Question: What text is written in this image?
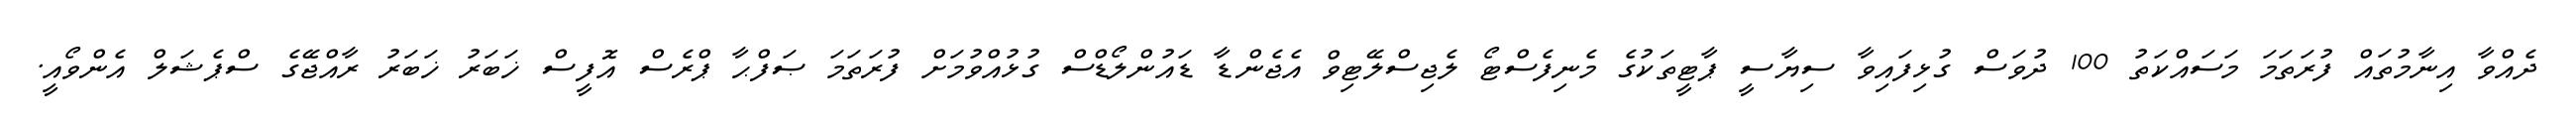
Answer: ދެއްވާ އިނާމުތައް ފުރަތަމަ މަސައްކަތު 100 ދުވަސް ގުޅިފައިވާ ސިޔާސީ ޕާޓީތަކުގެ މެނިފެސްޓޯ ލެޖިސްލޭޓިވް އެޖެންޑާ ޑައުންލޯޑްސް ގުޅުއްވުމަށް ފުރަތަމަ ޞަފްޙާ ޕްރެސް އޮފީސް ޚަބަރު ޚަބަރު ރާއްޖޭގެ ސްޕެޝަލް އެންވޯއީ.